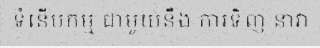
ទំនើបកម្ម ជាមួយនឹង ការទិញ នាវា